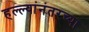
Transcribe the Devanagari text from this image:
हल्ल्यांनंतरच्या